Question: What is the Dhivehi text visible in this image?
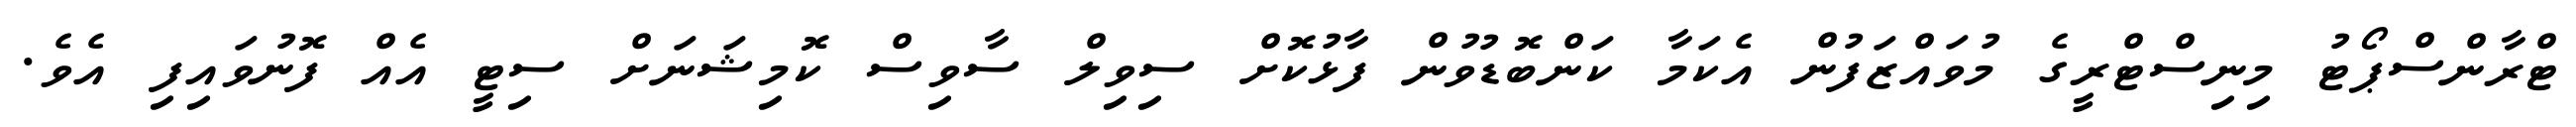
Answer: ޓްރާންސްޕޯޓު މިނިސްޓްރީގެ މުވައްޒަފުން އެކަމާ ކަންބޮޑުވުން ފާޅުކޮށް ސިވިލް ސާވިސް ކޮމިޝަނަށް ސިޓީ އެއް ފޮނުވައިފި އެވެ.